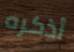
أذكره